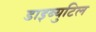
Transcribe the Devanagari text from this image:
डाइब्युटिल